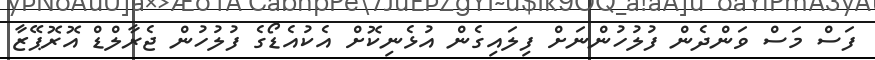
ފަސް މަސް ވަންދެން ފުލުހުންނަށް ފިލައިގެން އުޅެނިކޮށް އެކުއެޑޯގެ ފުލުހުން ޖެރާލްޑް އޮރޮޕޭޒާ